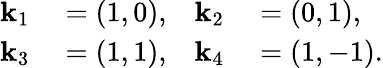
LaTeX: \begin{array}{rl}{\mathbf{k}_{1}}&{{}=\left(1,0\right),}\\ {\mathbf{k}_{3}}&{{}=\left(1,1\right),}\end{array}\quad\begin{array}{rl}{\mathbf{k}_{2}}&{{}=\left(0,1\right),}\\ {\mathbf{k}_{4}}&{{}=\left(1,-1\right).}\end{array}